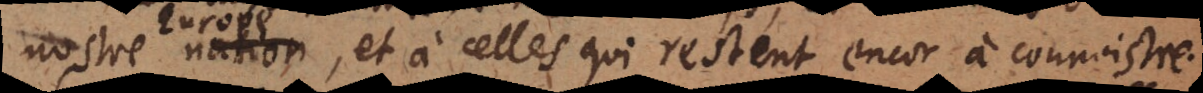
nostre nation,, et à celles qui restent encor à connoistre